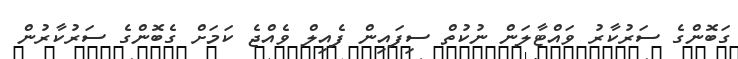
ގަބޮންގެ ސަރުކާރު ވައްޓާލަން ނުކުތް ސިފައިން ފެއިލް ވެއްޖެ ކަމަށް ގެބޮންގެ ސަރުކާރުން